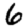
Digit: 6